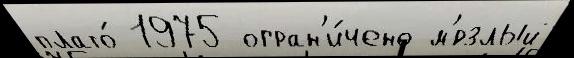
плато́ 1975 огран'и́чено м'́рзлый